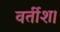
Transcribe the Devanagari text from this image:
वर्तीश।